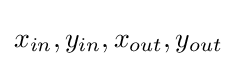
x_{in},y_{in},x_{out},y_{out}